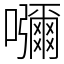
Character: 𡄣